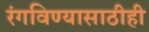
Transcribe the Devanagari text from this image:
रंगविण्यासाठीही